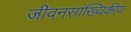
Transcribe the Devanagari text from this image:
जीवनसांख्यिकीय